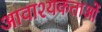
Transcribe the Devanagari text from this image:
आवाश्यकताओं